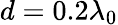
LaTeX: d=0.2\lambda_{0}